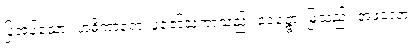
ပြုအပ်သော။ အဓိကာရော၊ ပူဇော်သကာသည်။ ဝေဉ္ဇော၊ မြုံသည်။ အဖလော၊